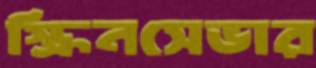
স্ক্রিনসেভার